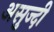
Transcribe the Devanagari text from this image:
असुज्दी